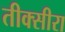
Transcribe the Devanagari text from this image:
तीक्सीरा